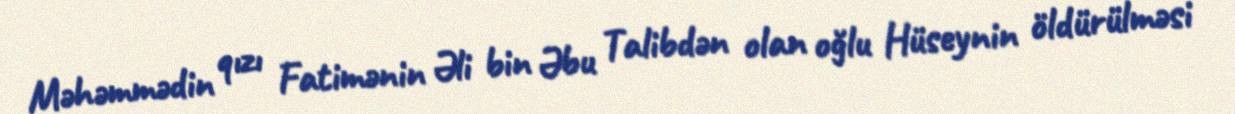
Məhəmmədin qızı Fatimənin Əli bin Əbu Talibdən olan oğlu Hüseynin öldürülməsi